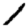
Digit: 1